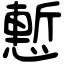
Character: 慙